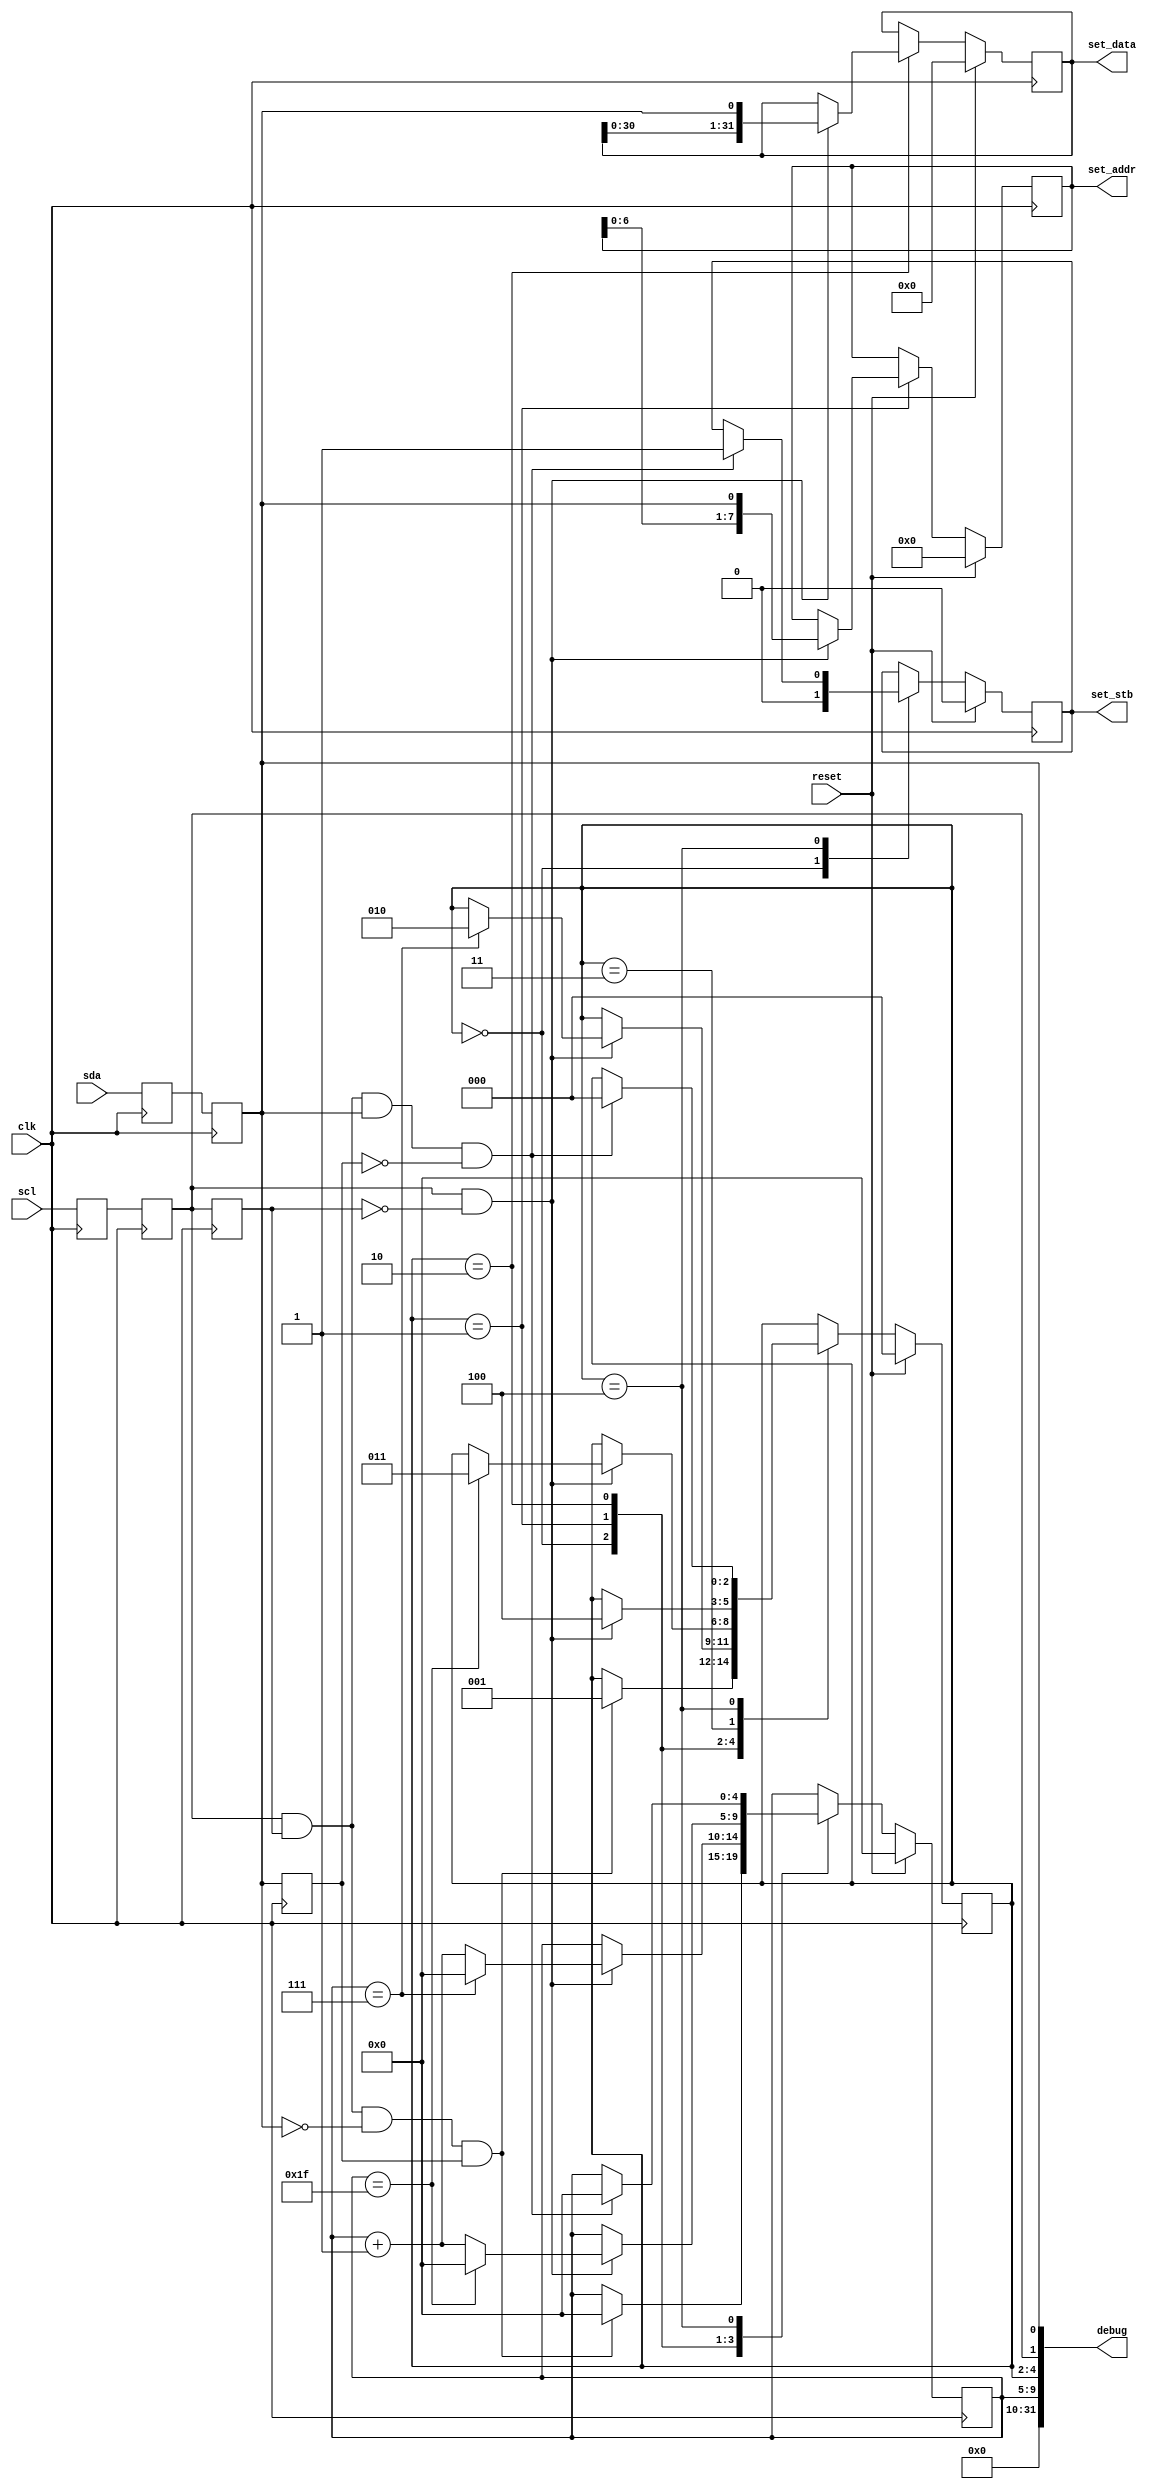
//
// Copyright 2014 Ettus Research LLC
//

module serial_to_settings
  (
   input clk,
   input reset,
   // Serial signals (async)
   input scl,
   input sda,
   // Settngs bus out
   output reg set_stb,
   output reg [7:0] set_addr,
   output reg [31:0] set_data,
   // Debug
   output [31:0] debug
   );

   reg [2:0] 	 state;
   
   localparam 	 SEARCH = 3'h0;
   localparam 	 ADDRESS = 3'h1;
   localparam 	 DATA = 3'h2;
   localparam 	 STOP1 = 3'h3;
   localparam 	 STOP2 = 3'h4;
 	 
   reg 		 scl_pre_reg, scl_reg, scl_reg2;
   reg 		 sda_pre_reg, sda_reg, sda_reg2;
   reg [4:0] 	 counter;

 
     always @(posedge clk) begin
      scl_reg2 <= scl_reg;
      scl_reg <= scl_pre_reg;
      scl_pre_reg <= scl;
      sda_reg2 <= sda_reg;
      sda_reg <= sda_pre_reg;
      sda_pre_reg <= sda;
   end

   
   always @(posedge clk)
     if (reset) begin
	state <= SEARCH;
	counter <= 0;
	set_addr <= 0;
	set_data <= 0;
	set_stb <= 0;
     end else begin
	case(state)
	  //
	  // Search for I2C like start indication: SDA goes low whilst clock is high.
	  //
	  SEARCH: begin
	     set_stb <= 0;
	     // Look for START.
	     if (scl_reg && scl_reg2 && !sda_reg && sda_reg2) begin
		state <= ADDRESS;
		counter <= 0;
	     end
	  end
	  //
	  // Count 8 Address bits.
	  // Master changes SDA on falling edge of SCL, we sample on the rising edge.
	  //
	  ADDRESS: begin
	     if (scl_reg && !scl_reg2) begin
		set_addr[7:0] <= {set_addr[6:0],sda_reg};
		if (counter == 7) begin
		   state <= DATA;
		   counter <= 0;
		end else
		  counter <= counter + 1;		  
	    end
	  end
	  //
	  // Count 32 data bits.
	  // Master changes SDA on falling edge of SCL, we sample on the rising edge.
	  //
	  DATA: begin
	     if (scl_reg && !scl_reg2) begin
		set_data[31:0] <= {set_data[30:0],sda_reg};
		if (counter == 31) begin
		   state <= STOP1;
		   counter <= 0;
		end else
		  counter <= counter + 1;		  
	    end
	  end
	  //
	  // Looks for rising SCL edge before STOP bit.
	  //
	  STOP1: begin
	     if (scl_reg && !scl_reg2) begin
		state <= STOP2;
	     end
	  end
	  //
	  // Looks for STOP bit
	  //
	  STOP2: begin
	     if (scl_reg && scl_reg2 && sda_reg && !sda_reg2) begin
		state <= SEARCH;
		counter <= 0;
		set_stb <= 1;
	     end
	  end
	  
	endcase // case(state)
     end // else: !if(reset)

   assign debug =
		 {
		  counter[4:0],
		  state[2:0],
		  scl_reg,
		  sda_reg
		  };
   


endmodule // serial_to_settings